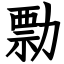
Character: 勡